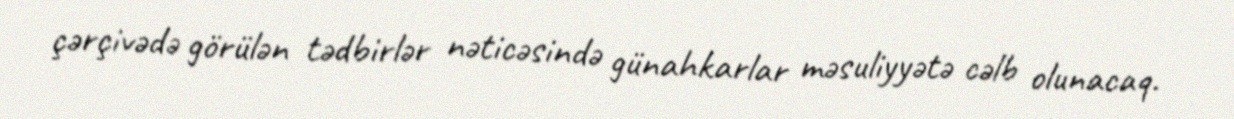
çərçivədə görülən tədbirlər nəticəsində günahkarlar məsuliyyətə cəlb olunacaq.